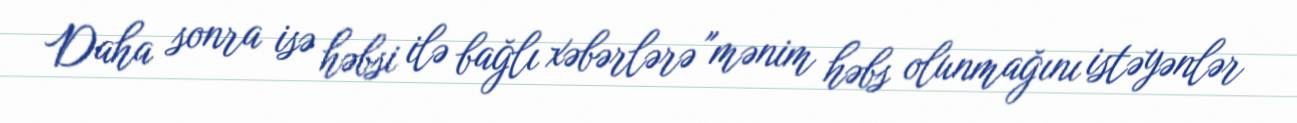
Daha sonra isə həbsi ilə bağlı xəbərlərə "mənim həbs olunmağını istəyənlər